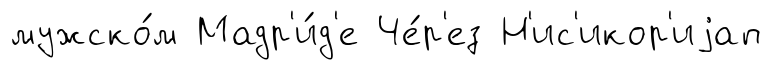
мужско́м Мадр'и́д'е Че́р'ез Н'ис'икор'иjап